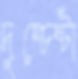
দুশ্চেষ্টা